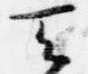
天